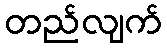
တည်လျက်